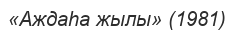
«Аждаһа жылы» (1981)